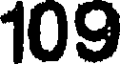
109